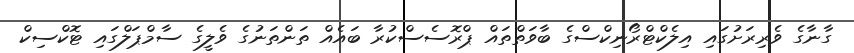
ގާނާގެ ވެރިރަށުގައި އިލެކްޓްރޯނިކްސްގެ ބާވަތްތައް ޕްރޮސެސްކުރާ ބައެއް ތަންތަނުގެ ވެލީގެ ސާމްޕަލްގައި ޓޮކްސިކް